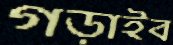
গড়াইব